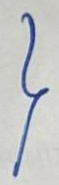
}